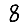
Digit: 8